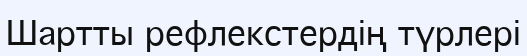
Шартты рефлекстердің түрлері